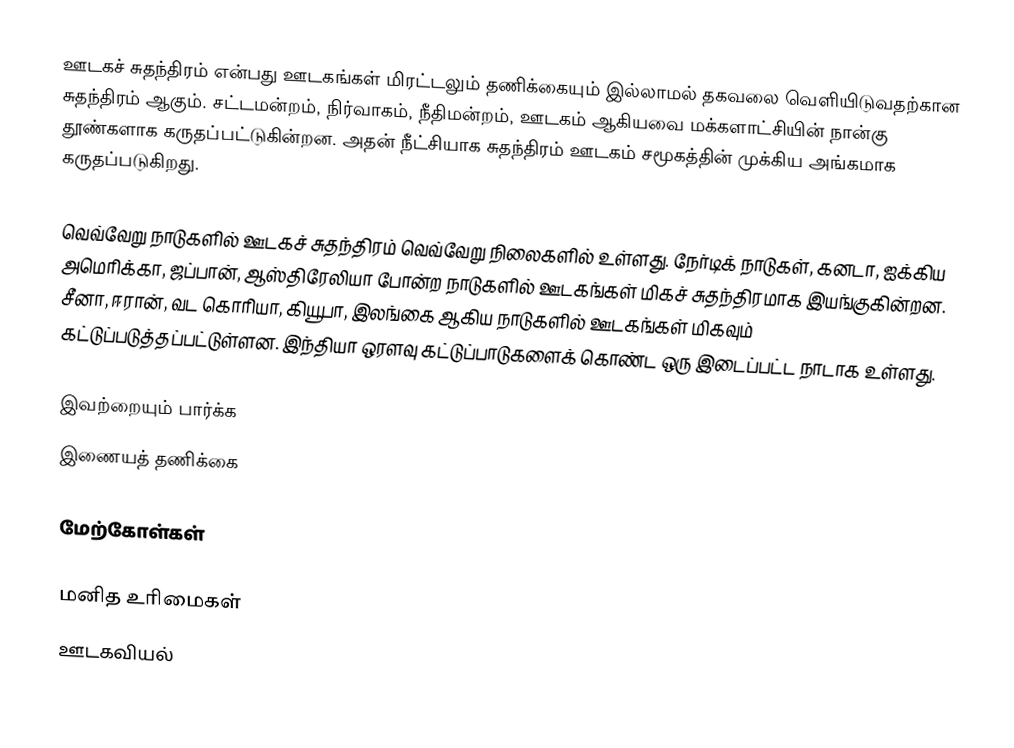
ஊடகச் சுதந்திரம் என்பது ஊடகங்கள் மிரட்டலும் தணிக்கையும் இல்லாமல் தகவலை வெளியிடுவதற்கான சுதந்திரம் ஆகும். சட்டமன்றம், நிர்வாகம், நீதிமன்றம், ஊடகம் ஆகியவை மக்களாட்சியின் நான்கு தூண்களாக கருதப்பட்டுகின்றன. அதன் நீட்சியாக சுதந்திரம் ஊடகம் சமூகத்தின் முக்கிய அங்கமாக கருதப்படுகிறது.

வெவ்வேறு நாடுகளில் ஊடகச் சுதந்திரம் வெவ்வேறு நிலைகளில் உள்ளது. நேர்டிக் நாடுகள், கனடா, ஐக்கிய அமெரிக்கா, ஜப்பான், ஆஸ்திரேலியா போன்ற நாடுகளில் ஊடகங்கள் மிகச் சுதந்திரமாக இயங்குகின்றன. சீனா, ஈரான், வட கொரியா, கியூபா, இலங்கை ஆகிய நாடுகளில் ஊடகங்கள் மிகவும் கட்டுப்படுத்தப்பட்டுள்ளன. இந்தியா ஒரளவு கட்டுப்பாடுகளைக் கொண்ட ஒரு இடைப்பட்ட நாடாக உள்ளது.

இவற்றையும் பார்க்க
 இணையத் தணிக்கை

மேற்கோள்கள்

மனித உரிமைகள்
ஊடகவியல்